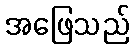
အဖြေသည်